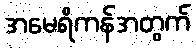
အမေရိကန်အတွက်